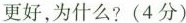
更好，为什么?(4分)